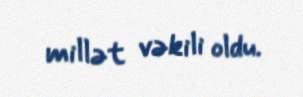
millət vəkili oldu.